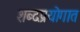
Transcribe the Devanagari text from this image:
शब्दप्रयोगात